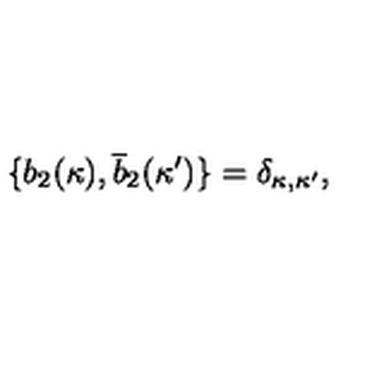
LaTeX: \{ b _ { 2 } ( \kappa ) , \overline { { b } } _ { 2 } ( \kappa ^ { \prime } ) \} = \delta _ { \kappa , \kappa ^ { \prime } } ,